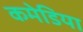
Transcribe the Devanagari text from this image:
कमेडिया